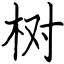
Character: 树